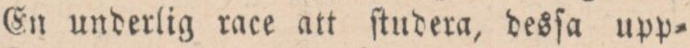
En underlig race att ſtudera, desſa upp